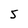
Character: 5